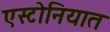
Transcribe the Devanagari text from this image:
एस्टोनियात